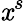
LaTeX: \mathit{x}^{s}